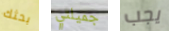
بحثك جميلتي يجب